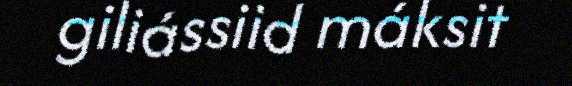
giliássiid máksit